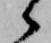
候